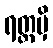
ရတ္တမှိ